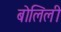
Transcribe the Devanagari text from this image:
बोलिली